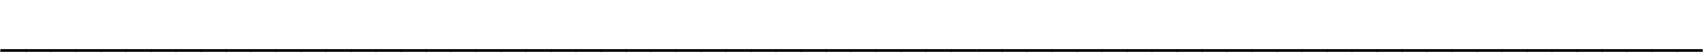
____________________________________________________________________